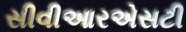
સીવીઆરએસટી